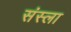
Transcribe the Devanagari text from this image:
संस्ला